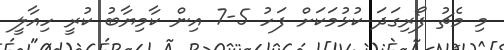
މި މެޗު ފޯރިގަދަ ކުޅުމަކަށް ފަހު 5-7 އިން ކާމިޔާބު ކުރީ ހިއާލީ